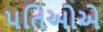
પતિઓએ